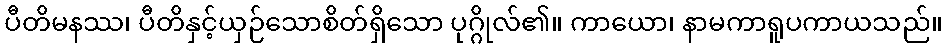
ပီတိမနဿ၊ ပီတိနှင့်ယှဉ်သောစိတ်ရှိသော ပုဂ္ဂိုလ်၏။ ကာယော၊ နာမကာရူပကာယသည်။